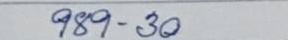
989 - 30